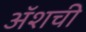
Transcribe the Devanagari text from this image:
ॲशची